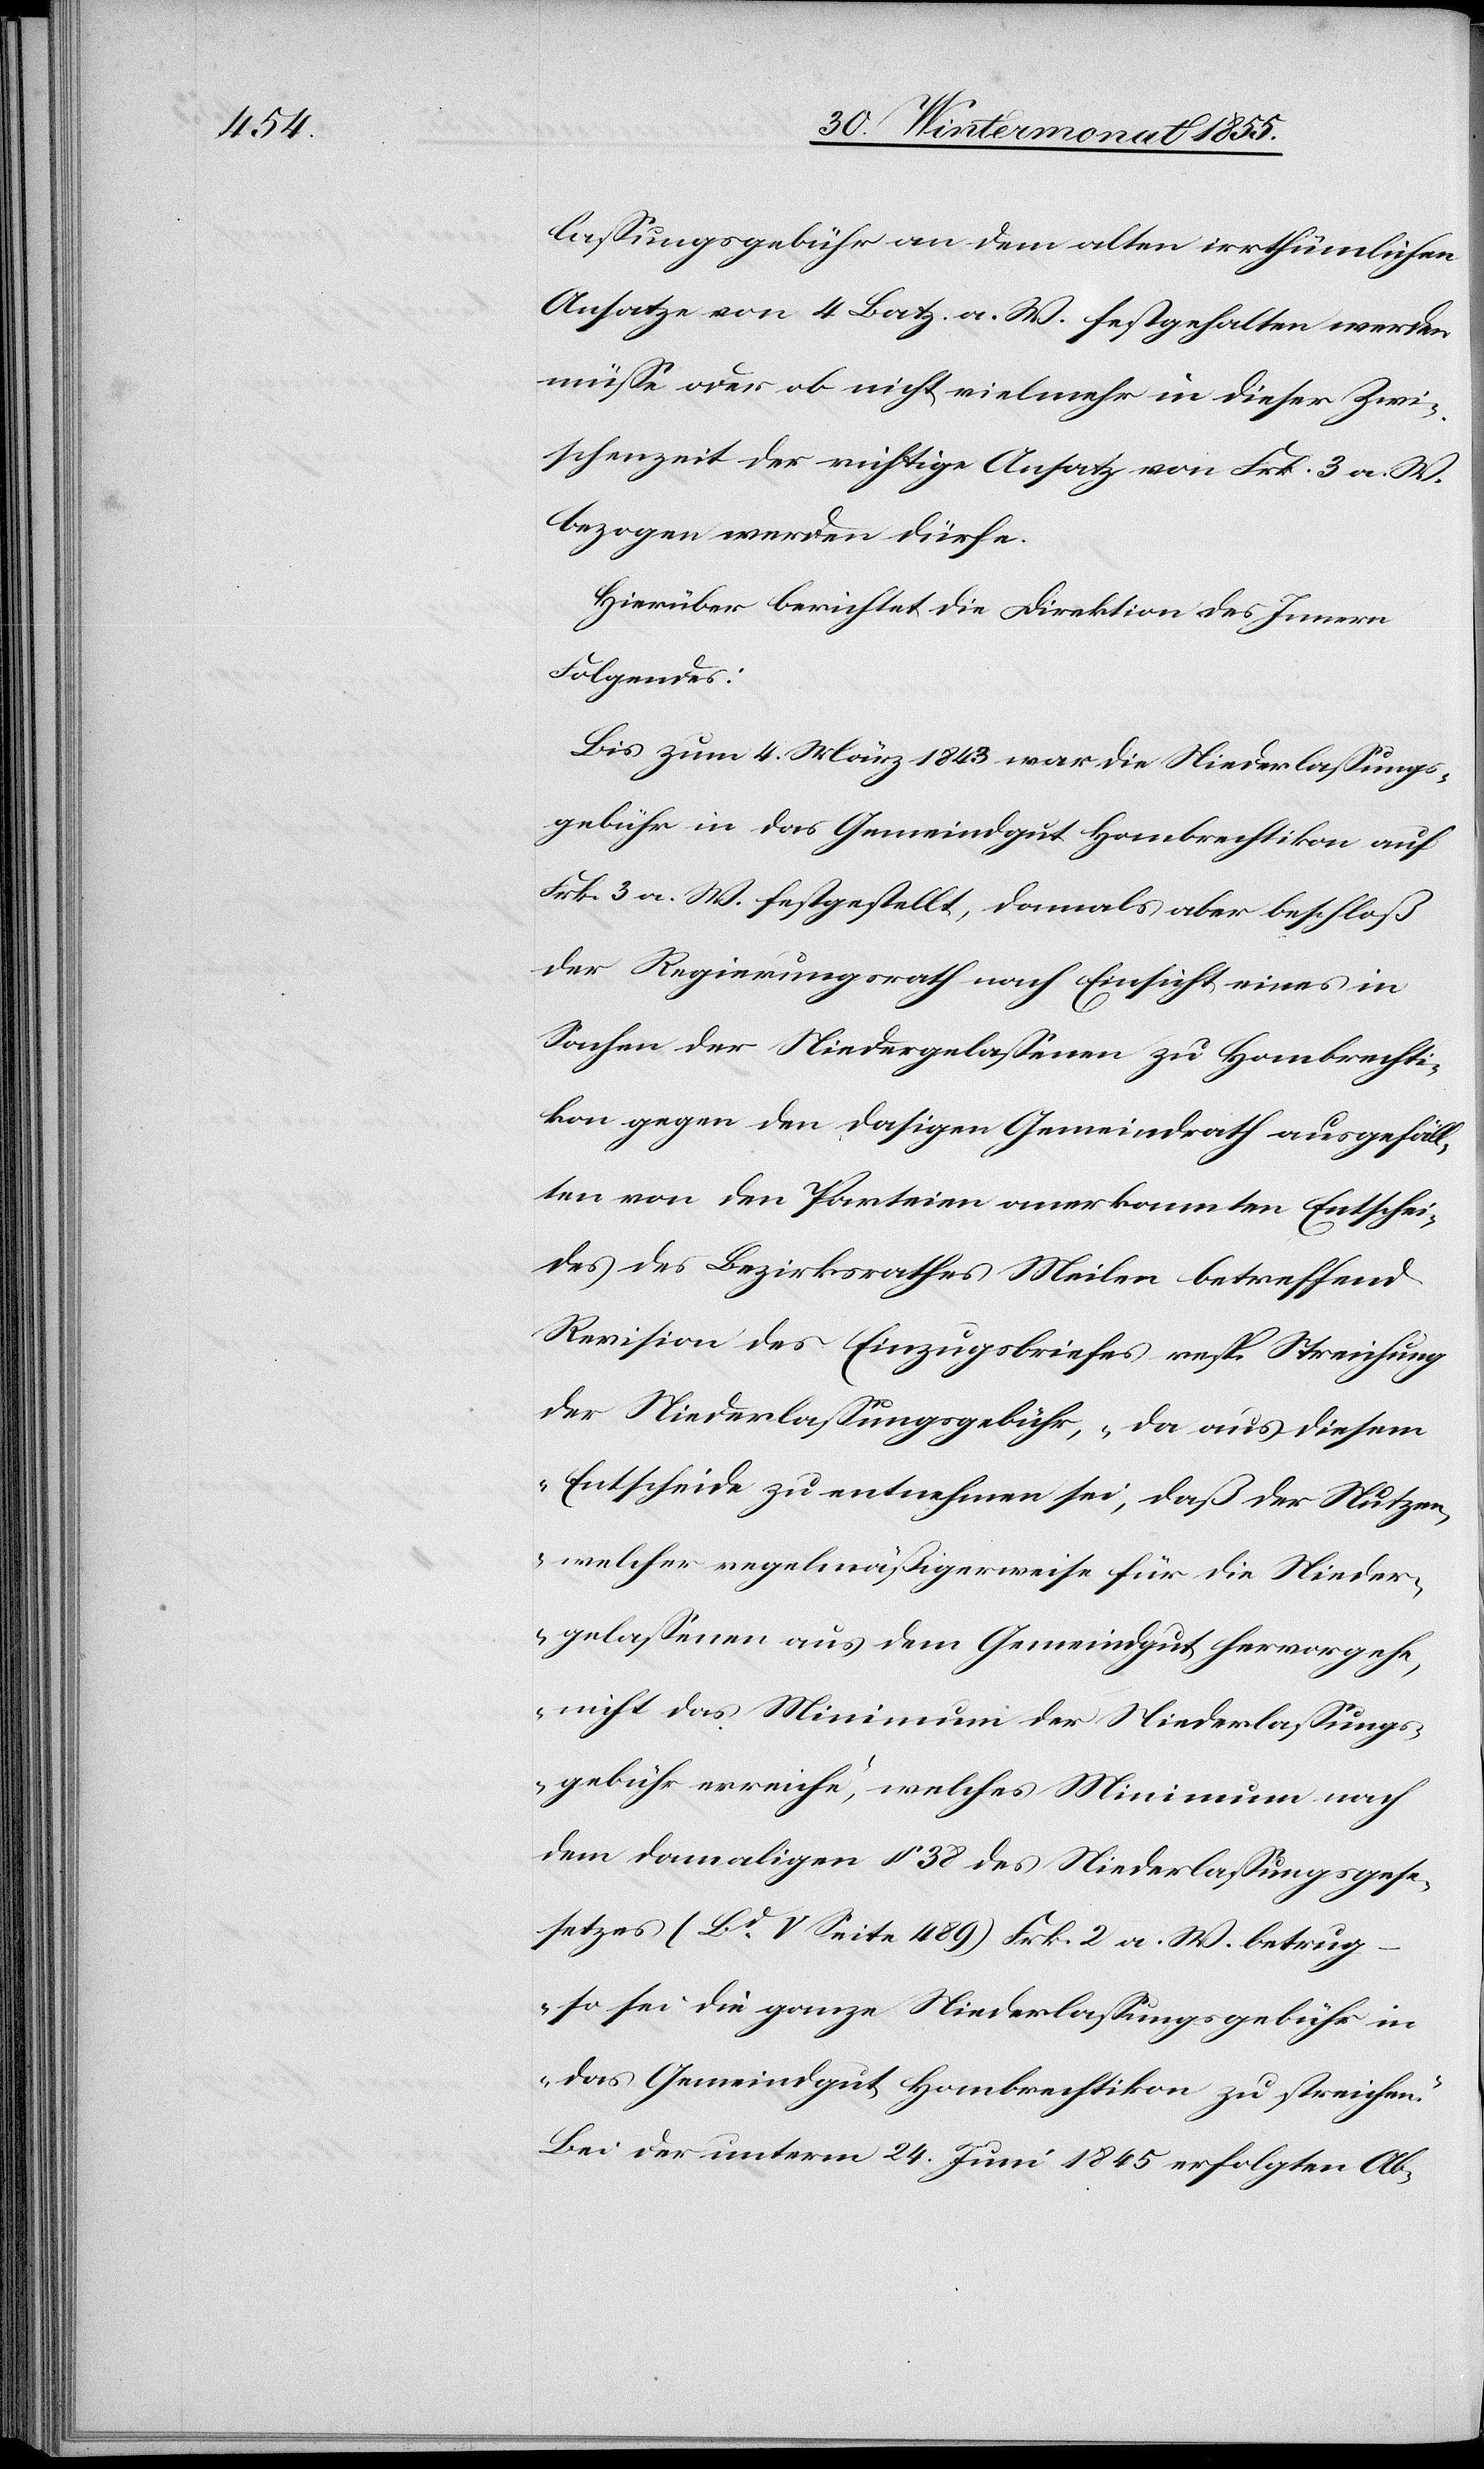
lassungsgebühr an dem alten irrthümlichen
Ansatze von 4 Batz. a. W. festgehalten werden
müsse oder ob nicht vielmehr in dieser Zwi¬
schenzeit der richtige Ansatz von Frk. 3 a. W.
bezogen werden dürfe.
Hierüber berichtet die Direktion des Innern
Folgendes:
Bis zum 4. März 1843 war die Niederlassungs¬
gebühr in das Gemeindgut Hombrechtikon auf
Frk. 3 a. W. festgestellt, damals aber beschloß
der Regierungsrath nach Einsicht eines in
Sachen der Niedergelassenen zu Hombrechti¬
kon gegen den dasigen Gemeindrath ausgefäll¬
ten von den Parteien anerkannten Entschei¬
des des Bezirksrathes Meilen betreffend
Revision des Einzugsbriefes resp. Streichung
der Niederlassungsgebühr, „da aus diesem
Entscheide zu entnehmen sei, daß der Nutzen,
welcher regelmäßigerweise für die Nieder¬
gelassenen aus dem Gemeindgut hervorgehe,
nicht das Minimum der Niederlassungs¬
gebühr erreiche“, welches Minimum nach
dem damaligen § 38 des Niederlassungsge¬
setzes (Bd. V Seite 489) Frk. 2 a. W. betrug
„so sei die ganze Niederlassungsgebühr in
das Gemeindgut Hombrechtikon zu streichen.“
Bei der unterm 24. Juni 1845 erfolgten Ab-